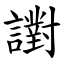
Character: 譵